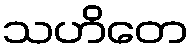
သဟိတေ